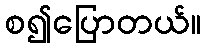
စ၍ပြောတယ်။